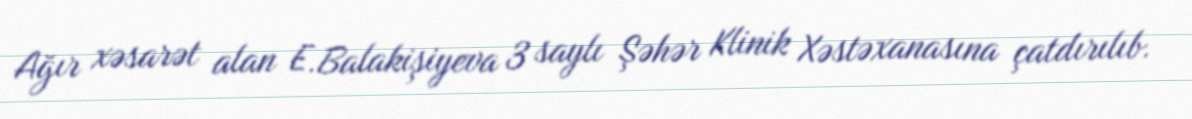
Ağır xəsarət alan E.Balakişiyeva 3 saylı Şəhər Klinik Xəstəxanasına çatdırılıb.